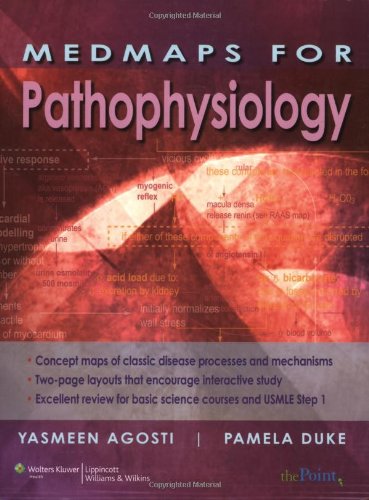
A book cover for MedMaps for Pathophysiology; Yasmeen Agosti; Medical Books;